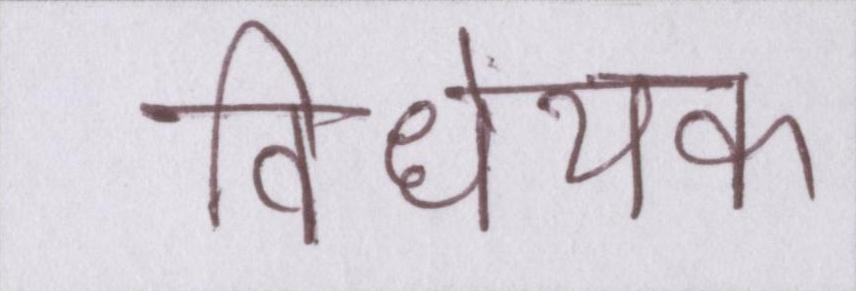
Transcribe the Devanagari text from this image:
विधेयक